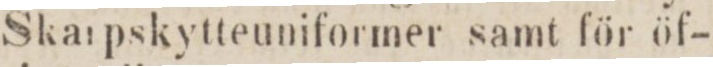
Skarpskytteuniformer samt för öf-